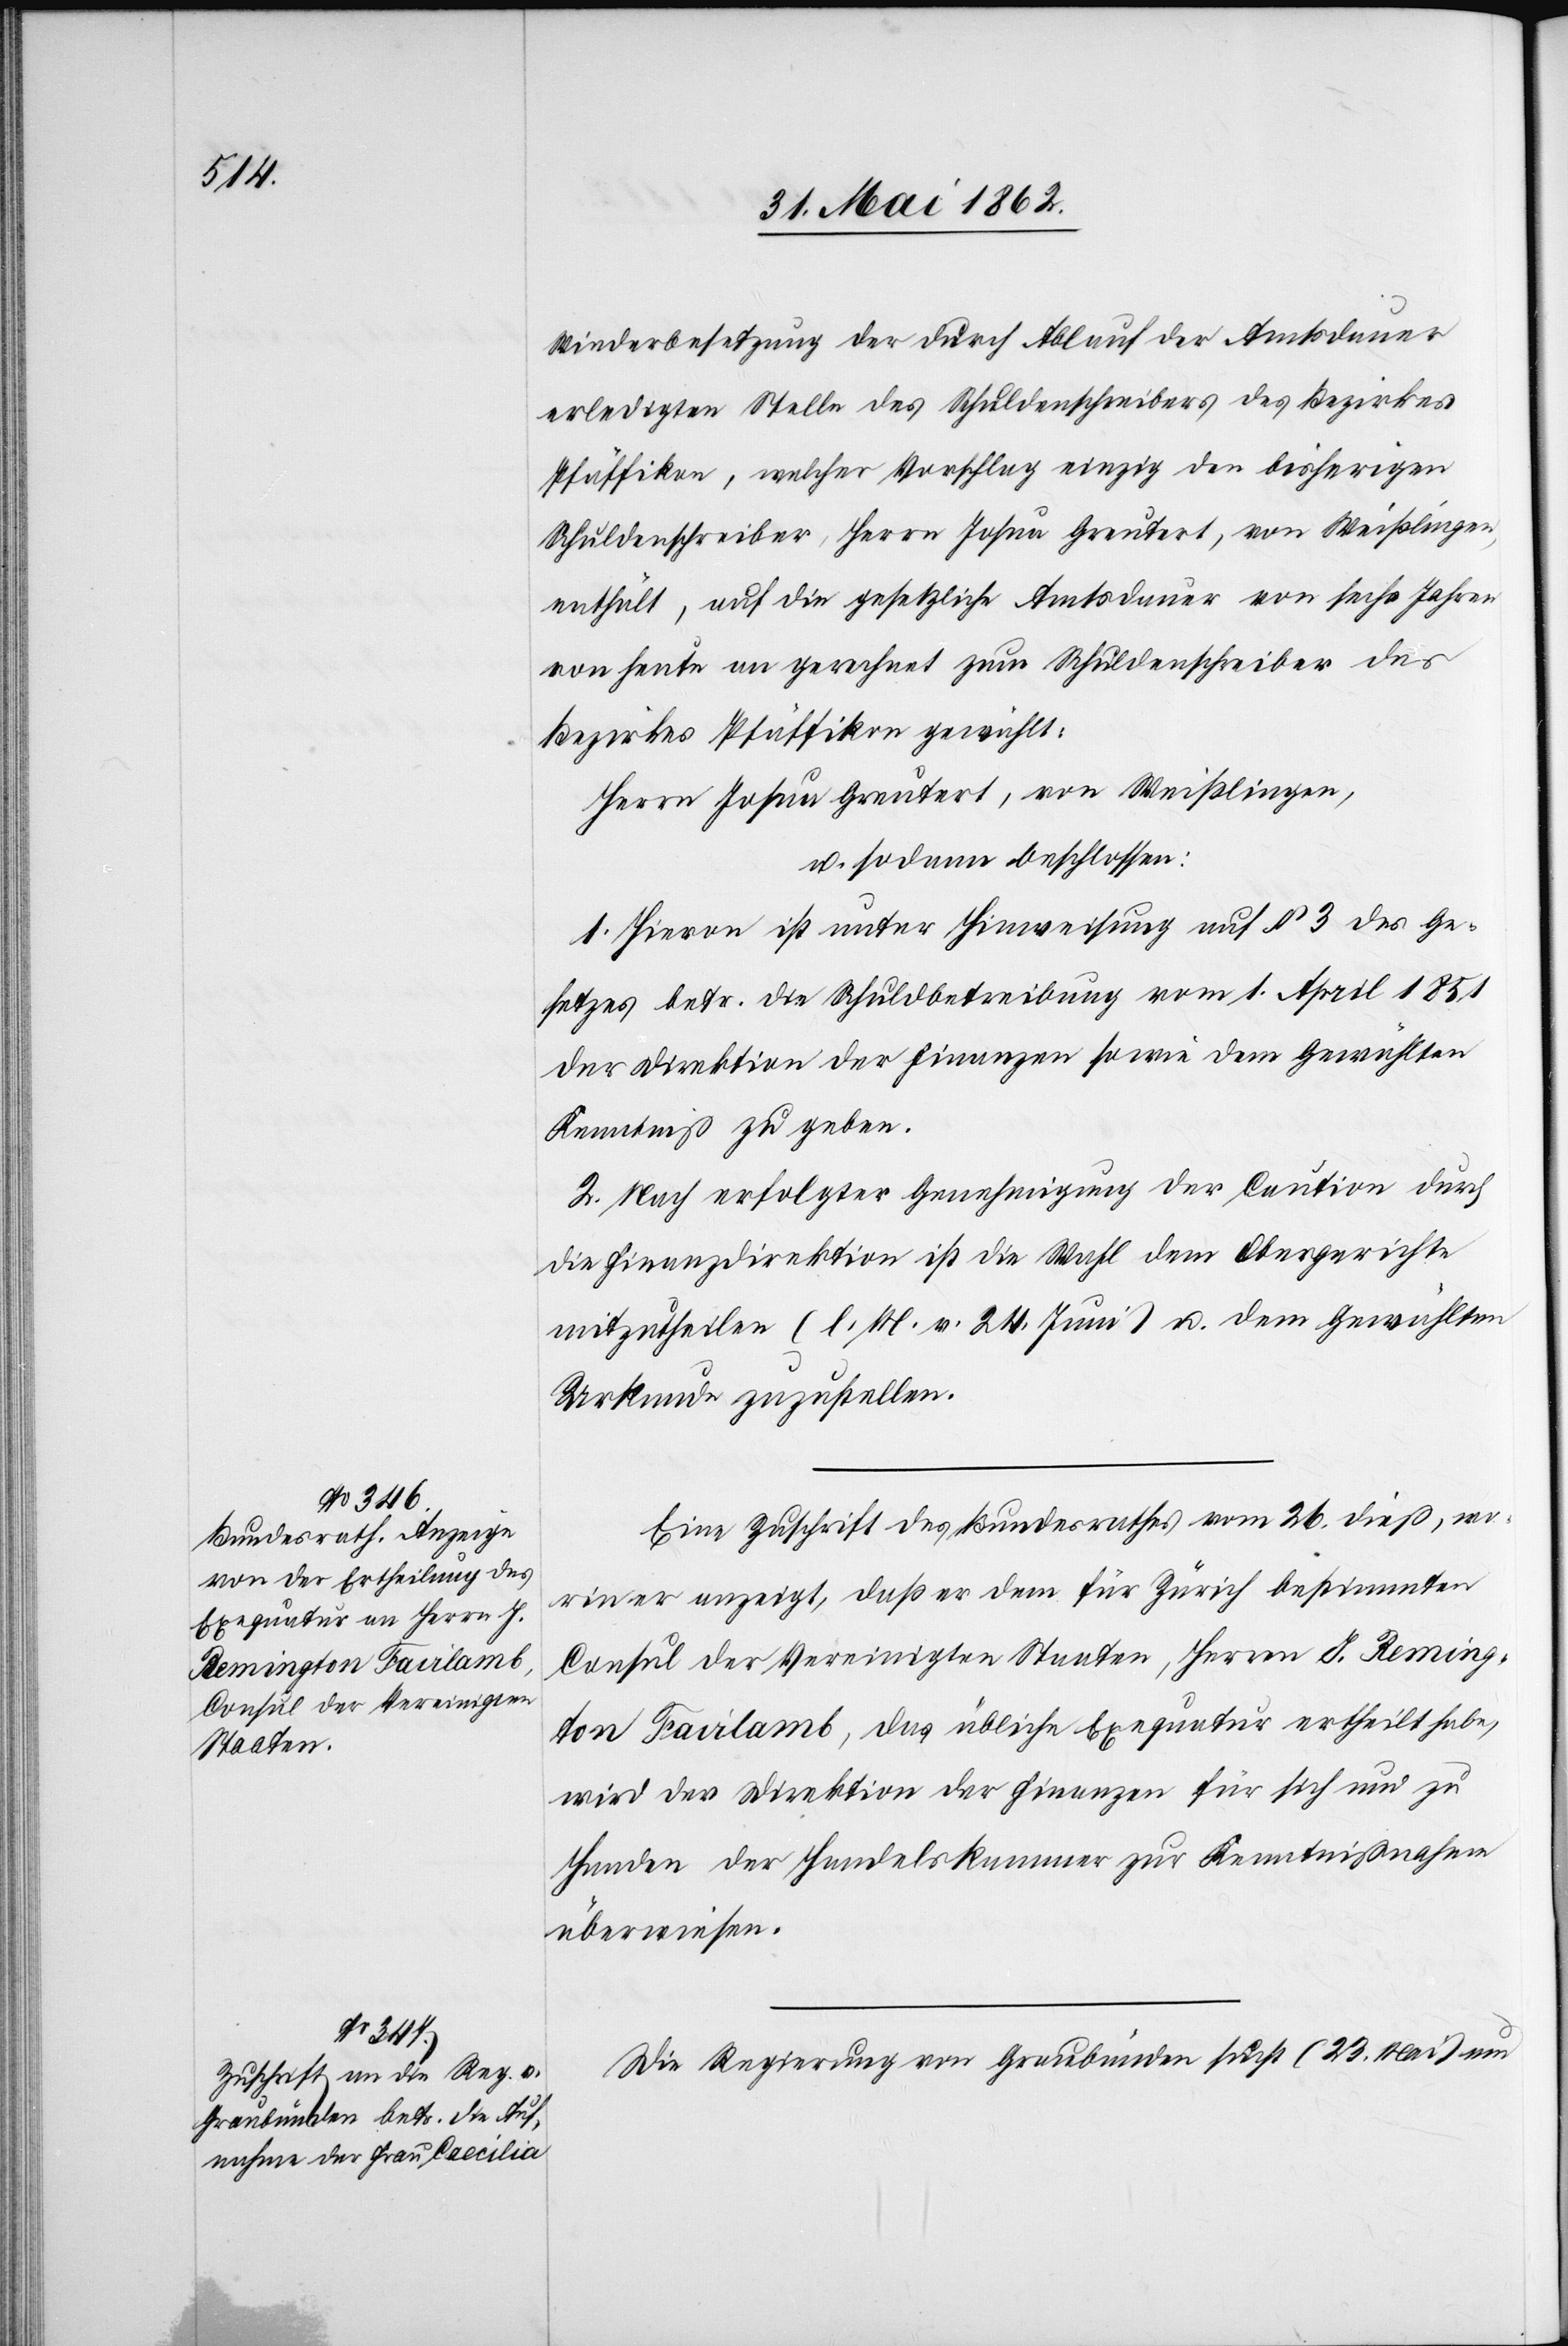
Wiederbesetzung der durch Ablauf der Amtsdauer
erledigten Stelle des Schuldenschreibers des Bezirkes
Pfäffikon, welcher Vorschlag einzig den bisherigen
Schuldenschreiber, Herrn Josua Greutert, von Weißlingen,
enthält, auf die gesetzliche Amtsdauer von sechs Jahren
von heute an gerechnet zum Schuldenschreiber des
Bezirkes Pfäffikon gewählt:
Herrn Josua Greutert, von Weißlingen,
u. sodann beschlossen:
1. Hievon ist unter Hinweisung auf § 3 des Ge¬
setzes betr. die Schuldbetreibung vom 1. April 1851
der Direktion der Finanzen sowie dem Gewählten
Kenntniß zu geben.
2. Nach erfolgter Genehmigung der Caution durch
die Finanzdirektion ist die Wahl dem Obergerichte
mitzutheilen (l. M. v. 24. Juni) u. dem Gewählten
Urkunde zuzustellen.
Eine Zuschrift des Bundesrathes vom 26. dieß, wo¬
rin er anzeigt, daß er dem für Zürich bestimmten
Consul der Vereinigten Staaten, Herrn J. Reming¬
ton Fairlamb, das übliche Exequatur ertheilt habe,
wird der Direktion der Finanzen für sich und zu
Handen der Handelskammer zur Kenntnißnahme
überwiesen.
Die Regierung von Gemeindrath sucht (23. Mai) um